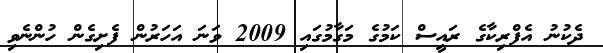
ދެކުނު އެފްރިކާގެ ރައީސް ކަމުގެ މަގާމުގައި 2009 ވަނަ އަހަރުން ފެށިގެން ހުންނެވި